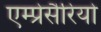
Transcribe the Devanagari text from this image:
एम्प्रेसैरियो